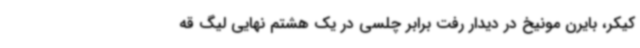
کیکر، بایرن مونیخ در دیدار رفت برابر چلسی در یک هشتم نهایی لیگ قه